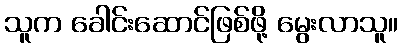
သူက ခေါင်းဆောင်ဖြစ်ဖို့ မွေးလာသူ။